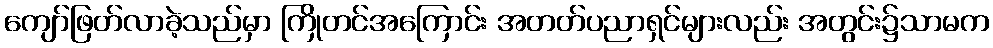
ကျော်ဖြတ်လာခဲ့သည်မှာ ကြိုတင်အကြောင်း အတတ်ပညာရှင်များလည်း အတွင်း၌သာမက